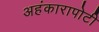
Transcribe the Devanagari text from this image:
अहंकारापोटी